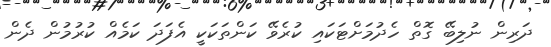
ދަރިން ނުލިބޭ ގޮތް ހެދުމަށްޓަކައި ކުރެވޭ ކަންތަކަކީ އެފަދަ ކަމެއް ކުރުމުން ދެން